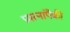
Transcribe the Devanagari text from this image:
प्रयत्नांपैकी